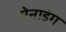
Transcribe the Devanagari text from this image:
सेनाडंग